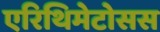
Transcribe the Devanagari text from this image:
एरिथिमेटोसस